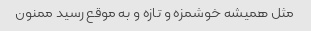
مثل همیشه خوشمزه و تازه و به موقع رسید ممنون